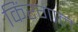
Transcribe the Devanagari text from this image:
किंरगाल